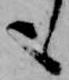
も